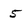
Character: 5